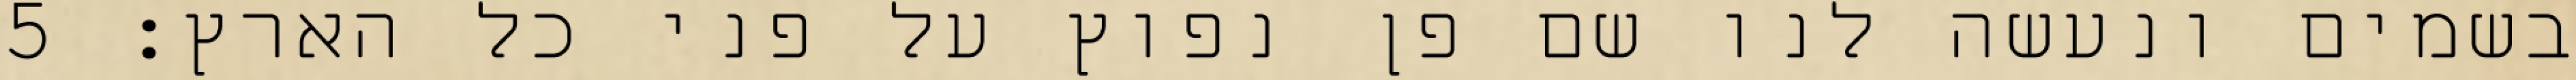
בשמים ונעשה לנו שם פן נפוץ על פני כל הארץ׃ ‎5‏